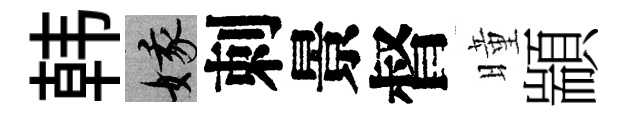
韩娥刺景督曈顓